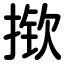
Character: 揿